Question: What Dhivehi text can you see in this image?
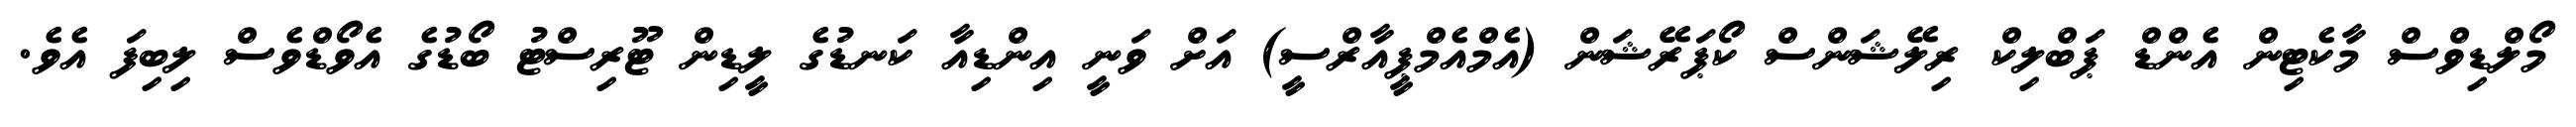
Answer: މޯލްޑިވްސް މާކެޓިން އެންޑް ޕަބްލިކް ރިލޭޝަންސް ކޯޕަރޭޝަން (އެމްއެމްޕީއާރްސީ) އަށް ވަނީ އިންޑިއާ ކަނޑުގެ ލީޑިން ޓޫރިސްޓު ބޯޑުގެ އެވޯޑްވެސް ލިބިފަ އެވެ.